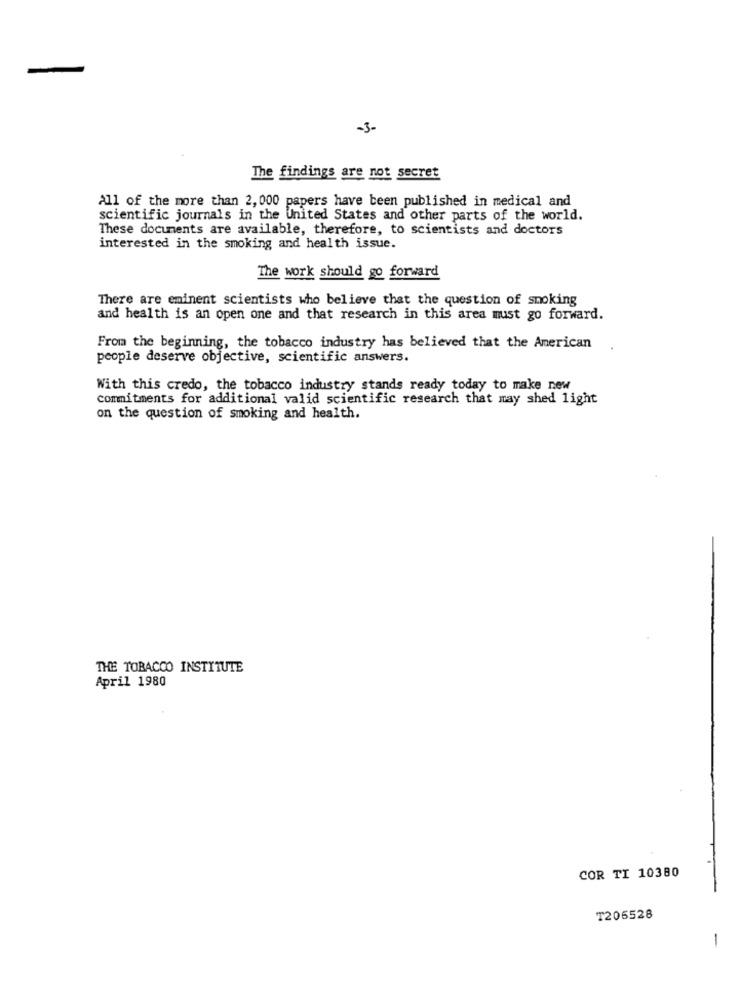
-3-
The findings are not secret
All of the more than 2, 000 papers have been published in medical and
scientific journals in the United States and other parts of the world.
These documents are available, therefore, to scientists and doctors
interested in the smoking and health issue.
The work should go forward
There are eminent scientists who believe that the question of smoking
and health is an open one and that research in this area must go forward.
From the beginning, the tobacco industry has believed that the American
people deserve objective, scientific answers.
With this credo, the tobacco industry stands ready today to make new
commitments for additional valid scientific research that may shed light
on the question of smoking and health.
THE TOBACCO INSTITUTE
April 1980
COR TI 10380
T205528
-